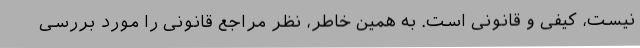
نیست، کیفی و قانونی است. به همین خاطر، نظر مراجع قانونی را مورد بررسی